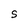
Character: S